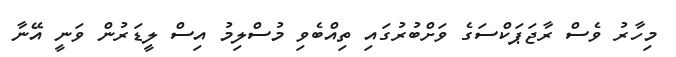
މިހާރު ވެސް ރާޖަޕަކްސަގެ ވަށްބުރުގައި ތިއްބެވި މުސްލިމު އިސް ލީޑަރުން ވަނީ އޭނާ